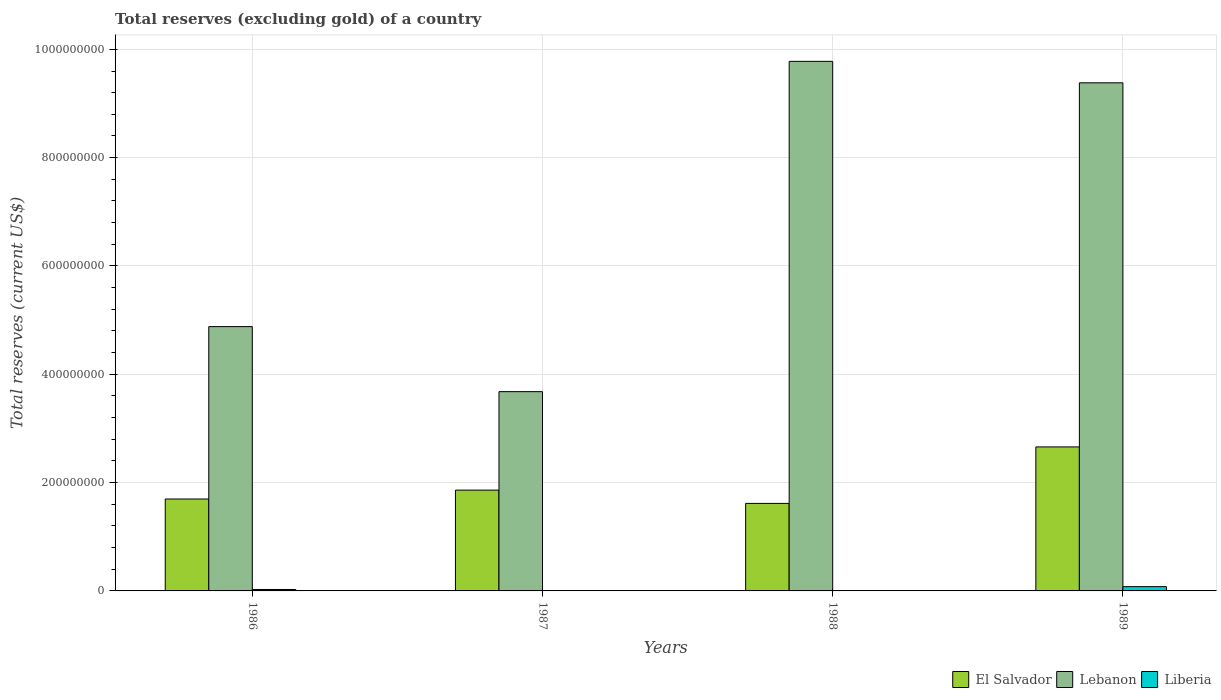
| Years | El Salvador | Lebanon | Liberia |
 | --- | --- | --- | --- |
 | 1986 | 1.7e+08 | 4.88e+08 | 2.66e+06 |
 | 1987 | 1.86e+08 | 3.68e+08 | 5.1e+05 |
 | 1988 | 1.62e+08 | 9.78e+08 | 3.8e+05 |
 | 1989 | 2.66e+08 | 9.38e+08 | 7.88e+06 |